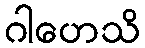
ဂါဟေသိ